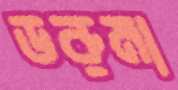
ডরুমা